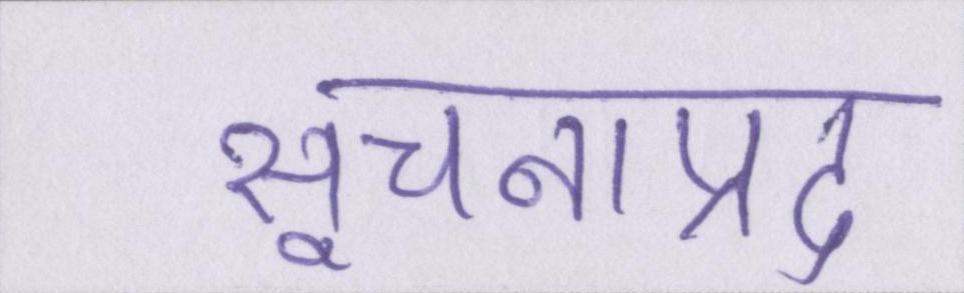
सूचनाप्रद